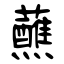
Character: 蘸